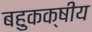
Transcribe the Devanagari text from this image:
बहुकक्षीय